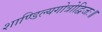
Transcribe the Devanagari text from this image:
शाण्डिल्यगोत्रोद्विजः॥